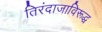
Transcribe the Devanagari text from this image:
तिरंदाजाविरूद्ध